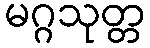
မဂ္ဂသုတ္တ